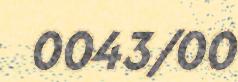
0043/00